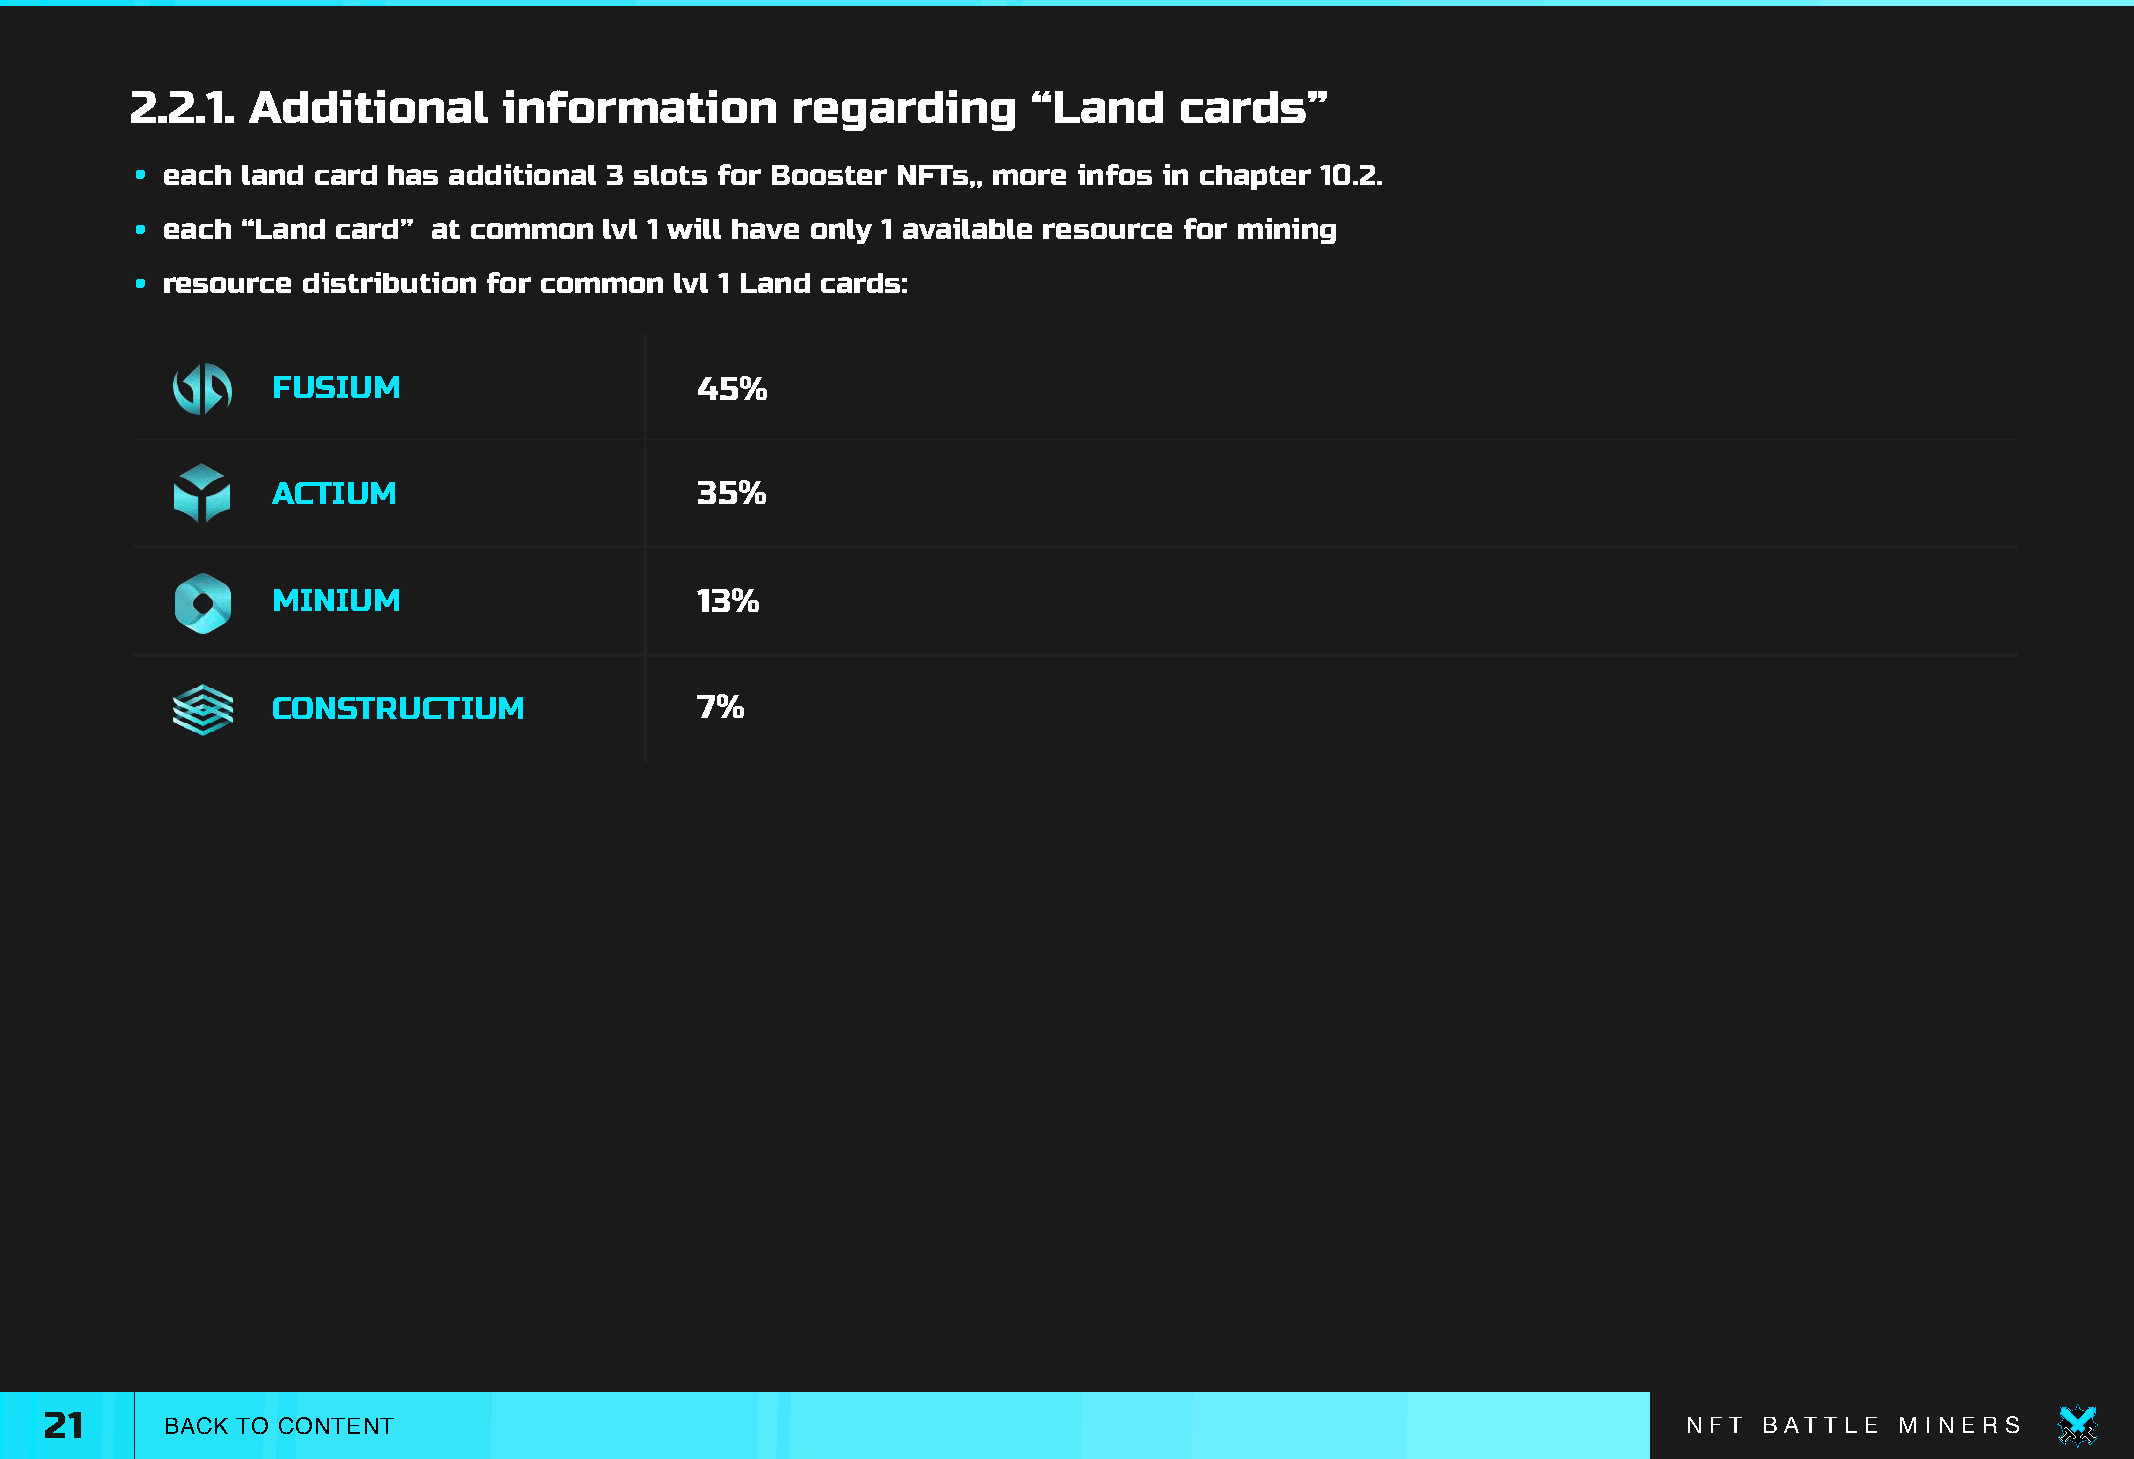
2.2.1.  Additional      information        regarding       “Land     cards”
 • each land card has additional 3 slots for Booster NFTs,, more infos in chapter 10.2.
 • each “Land card”  at common  lvl 1 will have only 1 available resource for mining
 • resource distribution for common  lvl 1 Land cards:
 FUSIUM                      45%
 ACTIUM                      35%
 MINIUM                      13%
 CONSTRUCTIUM                7%
 21      BACK TO CONTENT                                                                                      N F T B AT T L E M I N E R S